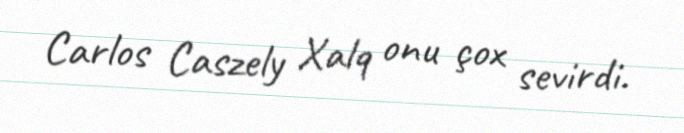
Carlos Caszely Xalq onu çox sevirdi.